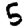
Digit: 5